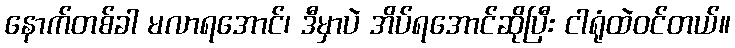
နောက်တစ်ခါ မလာရအောင်၊ ဒီမှာပဲ အိပ်ရအောင်ဆိုပြီး ငါရုံထဲဝင်တယ်။